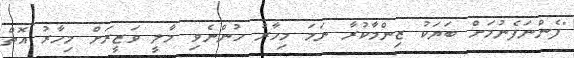
"ފެންނަފެނުމަށް ބަޔަކު ޒިންމާކުރާ ނަމަ މިހާރު ހުންނެވި މާލީ ވަޒީރަށް މިހާރު އޮތް